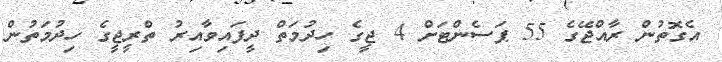
އެގޮތުން ރާއްޖޭގެ 55 ޕަސެންޓަށް 4 ޖީގެ ހިދުމަތް ދީފައިވާއިރު ތްރީޖީގެ ހިދުމަތުން